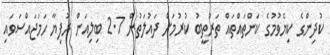
ކުދިންގެ ކިޔެވުމުގެ ކަންތައްތައް ތަރުތީބު ކުރުމަށް ދައުލަތުން 2.7 ބިލިއަން ރުފިޔާ ހަމަޖައްސަވައި